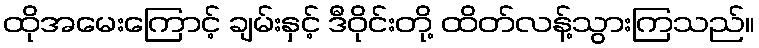
ထိုအမေးကြောင့် ချမ်းနှင့် ဒီဝိုင်းတို့ ထိတ်လန့်သွားကြသည်။